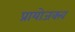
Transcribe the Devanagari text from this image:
प्रायोजक्त्व